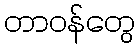
တာဝန်တွေ